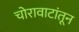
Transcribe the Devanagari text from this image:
चोरावाटांतून